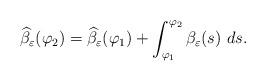
LaTeX: \begin{align*} \widehat{\beta}_{\varepsilon}(\varphi_2) = \widehat{\beta}_{\varepsilon}(\varphi_1) + \int_{\varphi_1}^{\varphi_2} \beta_{\varepsilon}(s) \ ds.\end{align*}